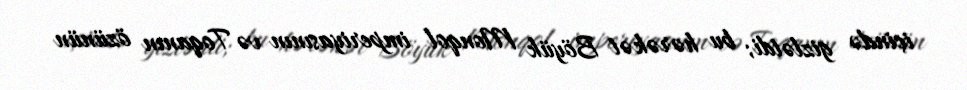
içində gizlətdi; bu hərəkət Böyük Monqol imperiyasının və Toqanın özünün